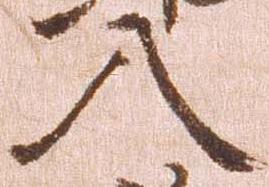
入